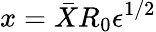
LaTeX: {x}=\bar{X}R_{0}{\epsilon}^{1/2}